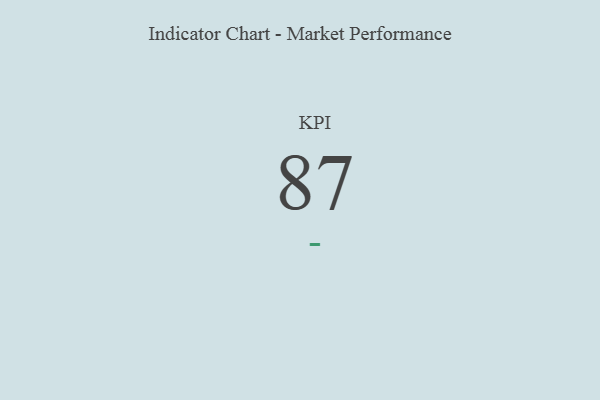
{"axis": {"x": "KPI", "y": "Value"}, "legend": [""], "data": [{"x": "KPI", "y": 87, "type": ""}]}